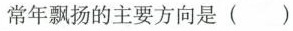
常年飘扬的主要方向是()